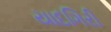
યાદગિરી